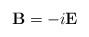
LaTeX: \begin{align*}\mathbf{B}=-i\mathbf{E} \end{align*}